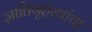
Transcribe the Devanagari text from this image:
ज्ञातिगृहस्थांचा